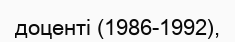
доценті (1986-1992),